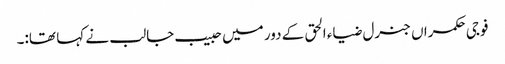
فوجی حکمراں جنرل ضیاء الحق کے دور میں حبیب جالب نے کہا تھا:۔